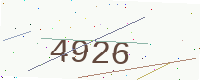
Text: 4926